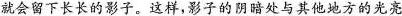
就会留下长长的影子。这样，影子的阴暗处与其他地方的光亮